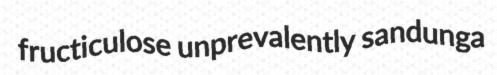
fructiculose unprevalently sandunga